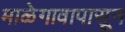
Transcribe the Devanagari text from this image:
माळेगावापासून